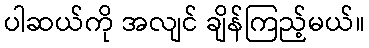
ပါဆယ်ကို အလျင် ချိန်ကြည့်မယ်။